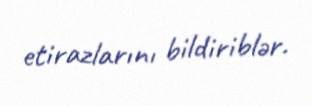
etirazlarını bildiriblər.